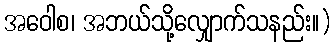
အဝေါစ၊ အဘယ်သို့လျှောက်သနည်း။)